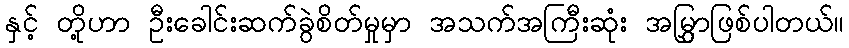
နှင့် တို့ဟာ ဦးခေါင်းဆက်ခွဲစိတ်မှုမှာ အသက်အကြီးဆုံး အမြွှာဖြစ်ပါတယ်။